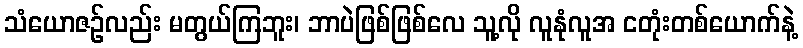
သံယောဇဉ်လည်း မတွယ်ကြဘူး၊ ဘာပဲဖြစ်ဖြစ်လေ သူ့လို လူနုံလူအ ငတုံးတစ်ယောက်နဲ့